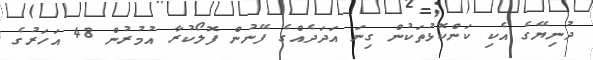
ދުނިޔޭގެ އެކި ކަންކޮޅުތަކުން ގިނަ އަދަދެއްގެ ފޭނުން ފޮލޯކުރާ އުމުރުން 48 އަހަރުގެ